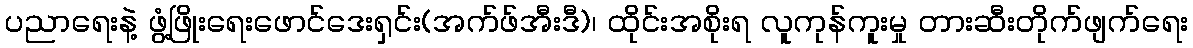
ပညာရေးနဲ့ ဖွံ့ဖြိုးရေးဖောင်ဒေးရှင်း(အက်ဖ်အီးဒီ)၊ ထိုင်းအစိုးရ လူကုန်ကူးမှု တားဆီးတိုက်ဖျက်ရေး